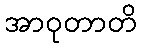
အာဝုတာတိ